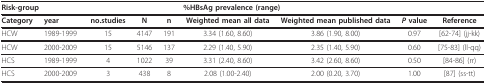
| <COLSPAN=2> Risk-group |  |  |  | <COLSPAN=2> %HBsAg prevalence (range) |  |  |
 | --- | --- | --- | --- | --- | --- | --- | --- | --- |
 | Category | year | no.studies | N | n | Weighted mean all data | Weighted mean published data | P value | Reference |
 | HCW | 1989-1999 | 15 | 4147 | 191 | 3.34 (1.60, 8.60) | 3.86 (1.90, 8.00) | 0.97 | [62-74] (jj-kk) |
 | HCW | 2000-2009 | 15 | 5146 | 137 | 2.29 (1.40, 5.90) | 2.35 (1.40, 5.90) | 0.60 | [75-83] (ll-qq) |
 | HCS | 1989-1999 | 4 | 1022 | 39 | 3.31 (2.40, 8.60) | 3.42 (2.60, 8.60) | 0.50 | [84-86] (rr) |
 | HCS | 2000-2009 | 3 | 438 | 8 | 2.08 (1.00-2.40) | 2.00 (0.20, 3.70) | 1.00 | [87] (ss-tt) |